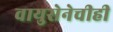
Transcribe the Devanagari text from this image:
वायुसेनेचीही